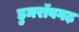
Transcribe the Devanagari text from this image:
डुमरॉवगढ़